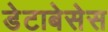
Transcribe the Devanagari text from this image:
डेटाबेसेस